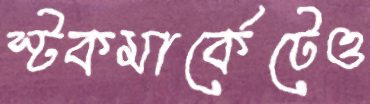
স্টকমার্কেটেও